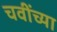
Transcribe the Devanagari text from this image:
चवींच्या